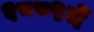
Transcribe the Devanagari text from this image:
१८८९में